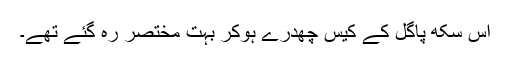
اِس سِکھ پاگل کے کیس چھدرے ہوکر بہت مختصر رہ گئے تھے۔